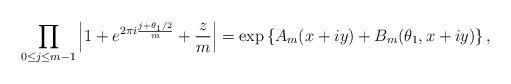
LaTeX: \begin{align*}\prod_{ 0 \leq j \leq m-1} \left| 1 + e^{ 2 \pi i \frac{ j + \theta_1 /2}{m} } + \frac{ z }{m} \right| = \exp \left\{ A_m(x+iy) + B_m(\theta_1,x+iy) \right\},\end{align*}